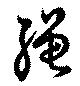
縄